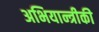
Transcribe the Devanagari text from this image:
अभियान्त्रीकी